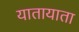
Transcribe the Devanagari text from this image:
यातायाता